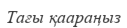
Тағы қаараңыз